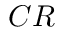
C R